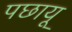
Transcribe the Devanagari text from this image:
पछायू